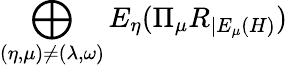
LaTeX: \bigoplus_{(\eta,\mu)\neq(\lambda,\omega)}E_{\eta}(\Pi_{\mu}R_{|E_{\mu}(H)})